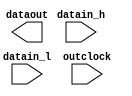
// megafunction wizard: %ALTDDIO_OUT%VBB%
// GENERATION: STANDARD
// VERSION: WM1.0
// MODULE: ALTDDIO_OUT 

// ============================================================
// Megafunction Name(s):
// 			ALTDDIO_OUT
//
// Simulation Library Files(s):
// 			altera_mf
// ============================================================
// ************************************************************
// THIS IS A WIZARD-GENERATED FILE. DO NOT EDIT THIS FILE!
//
// 14.0.0 Build 200 06/17/2014 SJ Web Edition
// ************************************************************

//Copyright (C) 1991-2014 Altera Corporation. All rights reserved.
//Your use of Altera Corporation's design tools, logic functions 
//and other software and tools, and its AMPP partner logic 
//functions, and any output files from any of the foregoing 
//(including device programming or simulation files), and any 
//associated documentation or information are expressly subject 
//to the terms and conditions of the Altera Program License 
//Subscription Agreement, the Altera Quartus II License Agreement,
//the Altera MegaCore Function License Agreement, or other 
//applicable license agreement, including, without limitation, 
//that your use is for the sole purpose of programming logic 
//devices manufactured by Altera and sold by Altera or its 
//authorized distributors.  Please refer to the applicable 
//agreement for further details.

module usb3_tx_clk_ddio (
	datain_h,
	datain_l,
	outclock,
	dataout);

	input	[0:0]  datain_h;
	input	[0:0]  datain_l;
	input	  outclock;
	output	[0:0]  dataout;

endmodule

// ============================================================
// CNX file retrieval info
// ============================================================
// Retrieval info: LIBRARY: altera_mf altera_mf.altera_mf_components.all
// Retrieval info: PRIVATE: INTENDED_DEVICE_FAMILY STRING "Cyclone IV E"
// Retrieval info: CONSTANT: EXTEND_OE_DISABLE STRING "OFF"
// Retrieval info: CONSTANT: INTENDED_DEVICE_FAMILY STRING "Cyclone IV E"
// Retrieval info: CONSTANT: INVERT_OUTPUT STRING "OFF"
// Retrieval info: CONSTANT: LPM_HINT STRING "UNUSED"
// Retrieval info: CONSTANT: LPM_TYPE STRING "altddio_out"
// Retrieval info: CONSTANT: OE_REG STRING "UNREGISTERED"
// Retrieval info: CONSTANT: POWER_UP_HIGH STRING "OFF"
// Retrieval info: CONSTANT: WIDTH NUMERIC "1"
// Retrieval info: USED_PORT: datain_h 0 0 1 0 INPUT NODEFVAL "datain_h[0..0]"
// Retrieval info: CONNECT: @datain_h 0 0 1 0 datain_h 0 0 1 0
// Retrieval info: USED_PORT: datain_l 0 0 1 0 INPUT NODEFVAL "datain_l[0..0]"
// Retrieval info: CONNECT: @datain_l 0 0 1 0 datain_l 0 0 1 0
// Retrieval info: USED_PORT: dataout 0 0 1 0 OUTPUT NODEFVAL "dataout[0..0]"
// Retrieval info: CONNECT: dataout 0 0 1 0 @dataout 0 0 1 0
// Retrieval info: USED_PORT: outclock 0 0 0 0 INPUT_CLK_EXT NODEFVAL "outclock"
// Retrieval info: CONNECT: @outclock 0 0 0 0 outclock 0 0 0 0
// Retrieval info: GEN_FILE: TYPE_NORMAL usb3_tx_clk_ddio.v TRUE FALSE
// Retrieval info: GEN_FILE: TYPE_NORMAL usb3_tx_clk_ddio.qip TRUE FALSE
// Retrieval info: GEN_FILE: TYPE_NORMAL usb3_tx_clk_ddio.bsf TRUE TRUE
// Retrieval info: GEN_FILE: TYPE_NORMAL usb3_tx_clk_ddio_inst.v TRUE TRUE
// Retrieval info: GEN_FILE: TYPE_NORMAL usb3_tx_clk_ddio_bb.v TRUE TRUE
// Retrieval info: GEN_FILE: TYPE_NORMAL usb3_tx_clk_ddio.inc TRUE TRUE
// Retrieval info: GEN_FILE: TYPE_NORMAL usb3_tx_clk_ddio.cmp TRUE TRUE
// Retrieval info: GEN_FILE: TYPE_NORMAL usb3_tx_clk_ddio.ppf TRUE FALSE
// Retrieval info: LIB_FILE: altera_mf